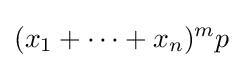
(x_{1}+\cdots +x_{n})^{m}p